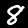
Label: 8